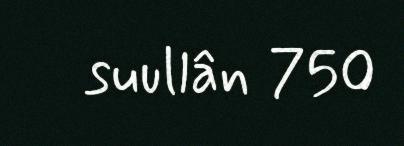
suullân 750